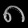
Digit: ၈